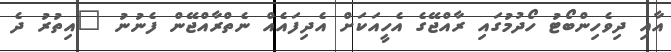
އާއި ދިވެހިންބޯޓު ހޯދުމުގައި ރާއްޖޭގެ އެހީއަކަށް އެދިފައެއް ނެތްރާއްޖޭން ފެނުނު "އިތުރު ދެ